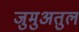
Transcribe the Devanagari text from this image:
जुमुअतुल